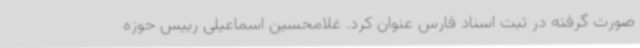
صورت گرفته در ثبت اسناد فارس عنوان کرد. غلامحسین اسماعیلی رییس حوزه